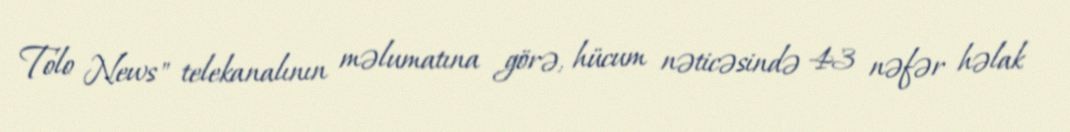
Tolo News" telekanalının məlumatına görə, hücum nəticəsində 43 nəfər həlak